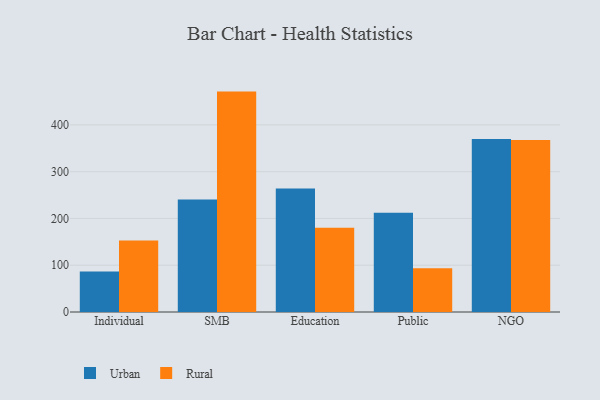
{"axis": {"x": "Segment", "y": "Churn Rate (%)"}, "legend": ["Rural", "Urban"], "data": [{"x": "Individual", "y": 86.4, "type": "Urban"}, {"x": "Individual", "y": 153.0, "type": "Rural"}, {"x": "SMB", "y": 240.7, "type": "Urban"}, {"x": "SMB", "y": 471.2, "type": "Rural"}, {"x": "Education", "y": 263.9, "type": "Urban"}, {"x": "Education", "y": 179.9, "type": "Rural"}, {"x": "Public", "y": 212.2, "type": "Urban"}, {"x": "Public", "y": 93.6, "type": "Rural"}, {"x": "NGO", "y": 369.8, "type": "Urban"}, {"x": "NGO", "y": 367.7, "type": "Rural"}]}